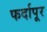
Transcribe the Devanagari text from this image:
फर्दापूर